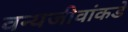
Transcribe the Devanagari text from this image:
वन्यजीवांकडे